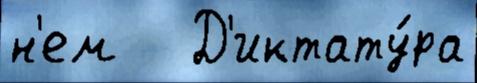
н'ем   Д'иктату́ра